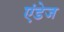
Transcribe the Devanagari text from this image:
एंडेज